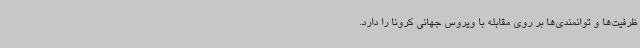
ظرفیت‌ها و توانمندی‌ها بر روی مقابله با ویروس جهانی کرونا را دارد.